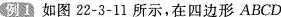
例1 如图 22-3-11 所示，在四边形 ABCD